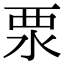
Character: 𣳳